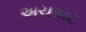
અચકાટ